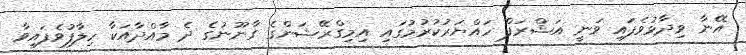
އޭނާ ވިދާޅުވެފައި ވަނީ އަޝްރަފް ހައްޔަރުކުރުމުގައި އިމިގްރޭޝަންގެ ގާނޫނުގެ ދެ މާއްދާއަކާ ހިލާފުވެފައިވާ